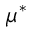
\mu ^ { * }